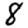
Digit: 8